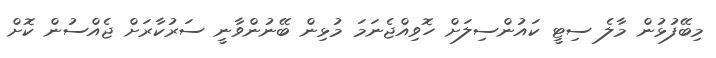
މިބޭފުޅުން މާލެ ސިޓީ ކައުންސިލަށް ހޮވިއްޖެނަމަ މުޅިން ބޭނުންވާނީ ސަރުކާރަށް ޖެއްސުން ކޮށް